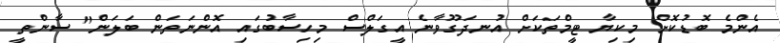
އެންމެ ބޮޑުކޮށް މިކިޔާ ޓީމްތަކަށް އުނދަގޫވާނެ އީގަލްސް މިހިސާބުގައި އޮންނަތަން ބަލަން" ސާންތީ